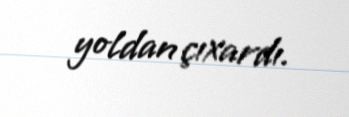
yoldan çıxardı.